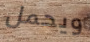
ويحمل